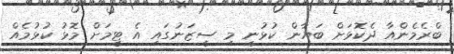
ބްރެމެންއާ ދެކޮޅަށް ބަޔާން ކުޅުނީ މި ސީޒަނުގައި އެ ޓީމަށް މޮޅު ކުޅުމެއް